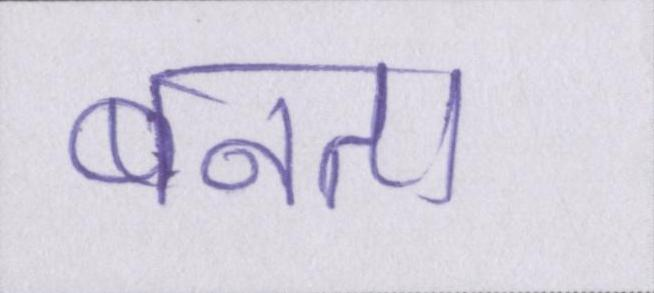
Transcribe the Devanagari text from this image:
बनता